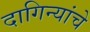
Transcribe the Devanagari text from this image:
दागिन्यांचे